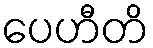
ပေဟီတိ